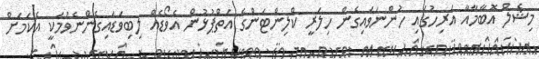
މިޝެލް އޮބާމާއާ އަރިހުގައި ހުންނަވައިގެން ހިލަރީ ކްލިންޓަންގެ އަތްޕުޅުން އެވޯޑެއް ލިބިވަޑައިގެންނެވުމަކީ އެކަމަށް